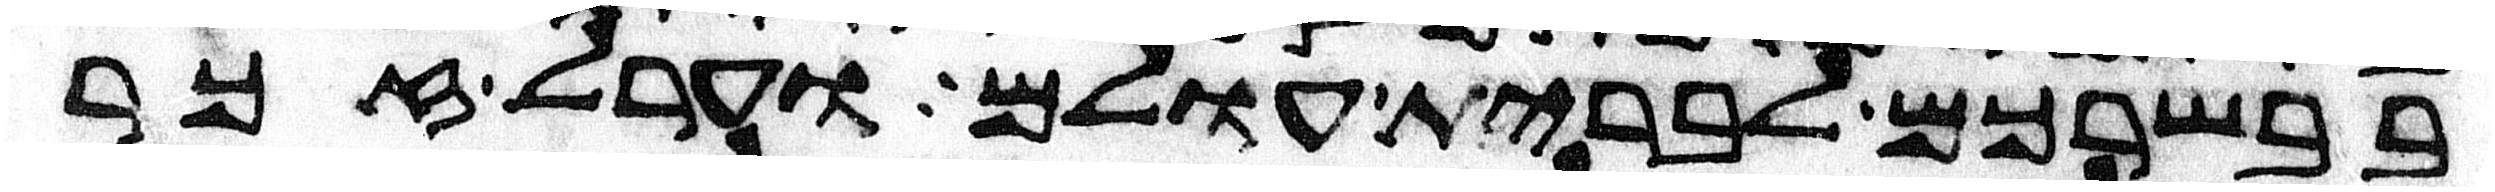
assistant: בבשרכם לברית עולם וערל זכר